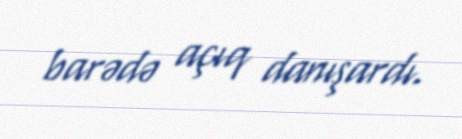
barədə açıq danışardı.